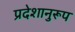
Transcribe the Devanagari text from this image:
प्रदेशानुरूप